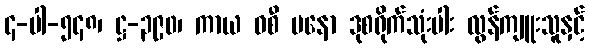
၄-ပါ-၅၄၈၊ ဋ္ဌ-၃၉၀၊ ကာယ ဝစီ မနော ဒုစရိုက်သုံးပါး လွန်ကျူးသူနှင့်